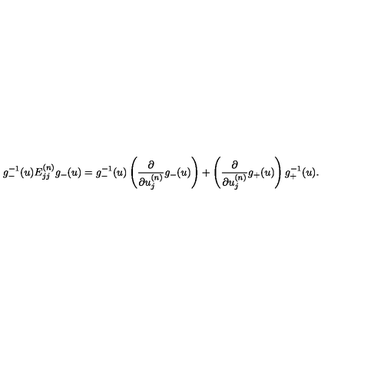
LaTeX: g _ { - } ^ { - 1 } ( u ) E _ { j j } ^ { ( n ) } g _ { - } ( u ) = g _ { - } ^ { - 1 } ( u ) \left( \frac { \partial } { \partial u _ { j } ^ { ( n ) } } g _ { - } ( u ) \right) + \left( \frac { \partial } { \partial u _ { j } ^ { ( n ) } } g _ { + } ( u ) \right) g _ { + } ^ { - 1 } ( u ) .